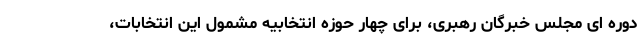
دوره ای مجلس خبرگان رهبری، برای چهار حوزه انتخابیه مشمول این انتخابات،